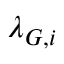
\lambda _ { G , i }